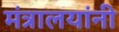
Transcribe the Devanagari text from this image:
मंत्रालयांनी